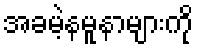
အခမဲ့နမူနာများကို